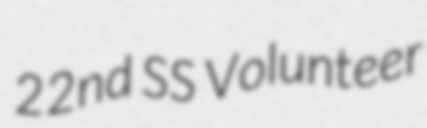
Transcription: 22nd SS Volunteer